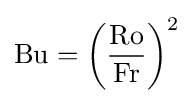
\mathrm {Bu} =\left({\dfrac {\mathrm {Ro} }{\mathrm {Fr} }}\right)^{2}